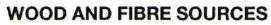
WOOD AND FIBRE SOURCES